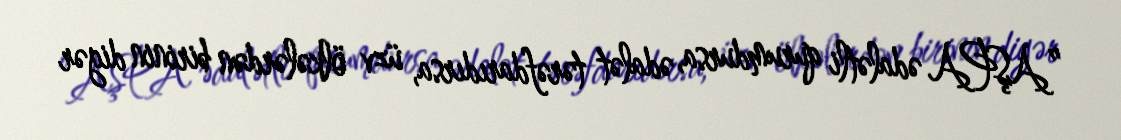
”AŞPA ədalətli qurumdursa, ədalət tərəfdarıdırsa, üzv ölkələrdən birinin digər